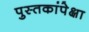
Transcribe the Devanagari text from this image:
पुस्तकांपेक्षा